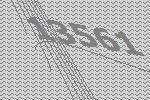
13561